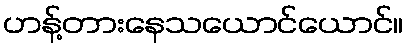
ဟန့်တားနေသယောင်ယောင်။